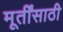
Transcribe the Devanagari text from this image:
मूर्तींसाठी